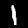
Label: 1